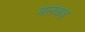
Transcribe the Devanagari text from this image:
मलकह